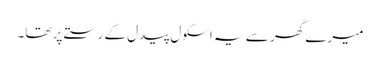
میرے گھر سے یہ اسکول پیدل کے رستے پر تھا۔